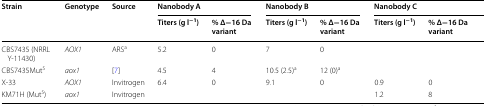
<table><thead><tr><td rowspan="2"><b>Strain</b></td><td rowspan="2"><b>Genotype</b></td><td rowspan="2"><b>Source</b></td><td colspan="2"><b>Nanobody A</b></td><td colspan="2"><b>Nanobody B</b></td><td colspan="2"><b>Nanobody C</b></td></tr><tr><td><b>Titers (g l<sup>−1</sup>)</b></td><td><b>% Δ−16 Da variant</b></td><td><b>Titers (g l<sup>−1</sup>)</b></td><td><b>% Δ−16 Da variant</b></td><td><b>Titers (g l<sup>−1</sup>)</b></td><td><b>% Δ−16 Da variant</b></td></tr></thead><tbody><tr><td>CBS7435 (NRRL Y-11430)</td><td><i>AOX1</i></td><td>ARS<sup>a</sup></td><td>5.2</td><td>0</td><td>7</td><td>0</td><td></td><td></td></tr><tr><td>CBS7435Mut<sup>S</sup></td><td><i>aox1</i></td><td>[7]</td><td>4.5</td><td>4</td><td>10.5 (2.5)<sup>a</sup></td><td>12 (0)<sup>a</sup></td><td></td><td></td></tr><tr><td>X-33</td><td><i>AOX1</i></td><td>Invitrogen</td><td>6.4</td><td>0</td><td>9.1</td><td>0</td><td>0.9</td><td>0</td></tr><tr><td>KM71H (Mut<sup>S</sup>)</td><td><i>aox1</i></td><td>Invitrogen</td><td></td><td></td><td></td><td></td><td>1.2</td><td>8</td></tr></tbody></table>